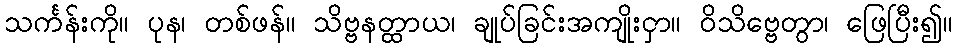
သင်္ကန်းကို။ ပုန၊ တစ်ဖန်။ သိဗ္ဗနတ္ထာယ၊ ချုပ်ခြင်းအကျိုးငှာ။ ဝိသိဗ္ဗေတွာ၊ ဖြေပြီး၍။